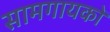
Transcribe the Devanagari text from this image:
सामगायकों